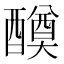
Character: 𨣆